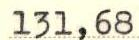
131,68